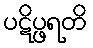
ပဋိပ္ဖရတိ